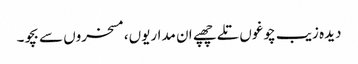
دیدہ زیب چوغوں تلے چھپے ان مداریوں، مسخروں سے بچو۔